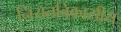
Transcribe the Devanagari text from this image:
नियतविकासीय